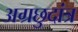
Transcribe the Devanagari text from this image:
अग्रछुदांत्र